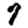
Digit: 7